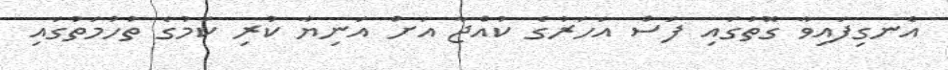
އެނގިފައިވާ ގޮތުގައި ފަސް އަހަރުގެ ކުއްޖާ އަށް އަނިޔާ ކުރި ކަމުގެ ތުހުމަތުގައި